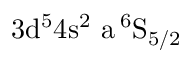
\mathrm { 3 d ^ { 5 } 4 s ^ { 2 } \ a \, ^ { 6 } S _ { 5 / 2 } }